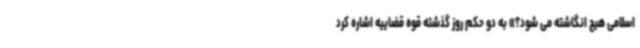
اسلامی هیچ انگاشته می شود؟» به دو حکم روز گذشته قوه قضاییه اشاره کرد